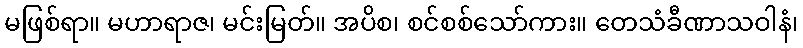
မဖြစ်ရာ။ မဟာရာဇ၊ မင်းမြတ်။ အပိစ၊ စင်စစ်သော်ကား။ တေသံခီဏာသဝါနံ၊